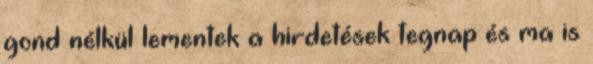
gond nélkül lementek a hirdetések tegnap és ma is